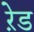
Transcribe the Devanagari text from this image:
ऱेड